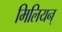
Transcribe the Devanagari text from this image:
मिलियन्